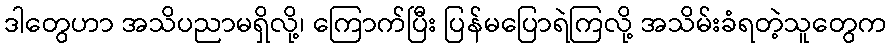
ဒါတွေဟာ အသိပညာမရှိလို့၊ ကြောက်ပြီး ပြန်မပြောရဲကြလို့ အသိမ်းခံရတဲ့သူတွေက